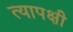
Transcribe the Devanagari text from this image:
त्यापक्षी